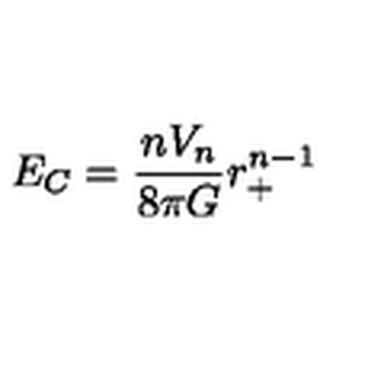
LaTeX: E _ { C } = \frac { n V _ { n } } { 8 \pi G } r _ { + } ^ { n - 1 }